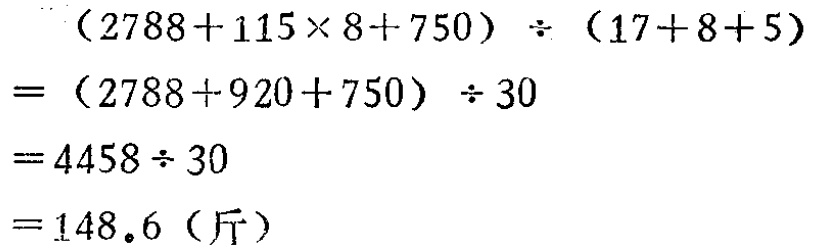
\[
\begin{align*}
&(2788 + 115\times8 + 750)\div(17 + 8 + 5)\\
=&(2788 + 920 + 750)\div30\\
=&4458\div30\\
=&148.6 (\text{斤})
\end{align*}
\]